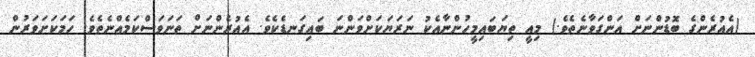
(އެއުރެންގެ ބޮޑުންނަށް އަންގަވާނެތެވެ.) މިއީ ތިޔަބައިމީހުންނާއެކު ނަރަޔަކަށްވަންނަ ބައިގަނޑެކެވެ. އެއުރެންނަށް ތަނަވަސްކަމެއްނެތެވެ. ހަމަކަށަވަރުން